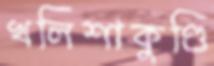
খলিশাকুণ্ডি